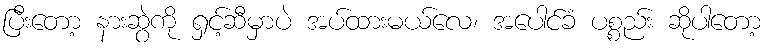
ပြီးတော့ နားဆွဲကို ရှင့်ဆီမှာပဲ အပ်ထားမယ်လေ၊ အပေါင်ခံ ပစ္စည်း ဆိုပါတော့